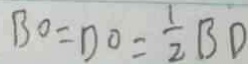
B O = D O = \frac { 1 } { 2 } B D